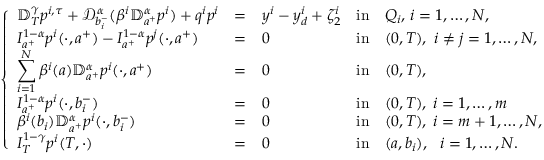
\left\{ \begin{array} { l l l l l l l l l l l l l l l l l } { \displaystyle \mathbb { D } _ { T } ^ { \gamma } p ^ { i , \tau } + \mathcal { D } _ { b _ { i } ^ { - } } ^ { \alpha } ( \beta ^ { i } \mathbb { D } _ { a ^ { + } } ^ { \alpha } p ^ { i } ) + q ^ { i } p ^ { i } } & { = } & { y ^ { i } - y _ { d } ^ { i } + \zeta _ { 2 } ^ { i } } & { \mathrm { i n } } & { Q _ { i } , \, i = 1 , \dots , N , } \\ { \displaystyle I _ { a ^ { + } } ^ { 1 - \alpha } p ^ { i } ( \cdot , a ^ { + } ) - I _ { a ^ { + } } ^ { 1 - \alpha } p ^ { j } ( \cdot , a ^ { + } ) } & { = } & { 0 } & { \mathrm { i n } } & { ( 0 , T ) , ~ i \neq j = 1 , \dots , N , } \\ { \displaystyle \sum _ { i = 1 } ^ { N } \beta ^ { i } ( a ) \mathbb { D } _ { a ^ { + } } ^ { \alpha } p ^ { i } ( \cdot , a ^ { + } ) } & { = } & { 0 } & { \mathrm { i n } } & { ( 0 , T ) , } \\ { \displaystyle I _ { a ^ { + } } ^ { 1 - \alpha } p ^ { i } ( \cdot , b _ { i } ^ { - } ) } & { = } & { 0 } & { \mathrm { i n } } & { ( 0 , T ) , \; i = 1 , \dots , m } \\ { \displaystyle \beta ^ { i } ( b _ { i } ) \mathbb { D } _ { a ^ { + } } ^ { \alpha } p ^ { i } ( \cdot , b _ { i } ^ { - } ) } & { = } & { 0 } & { \mathrm { i n } } & { ( 0 , T ) , \; i = m + 1 , \dots , N , } \\ { \displaystyle I _ { T } ^ { 1 - \gamma } p ^ { i } ( T , \cdot ) } & { = } & { 0 } & { \mathrm { i n } } & { ( a , b _ { i } ) , ~ ~ i = 1 , \dots , N . } \end{array} \right.